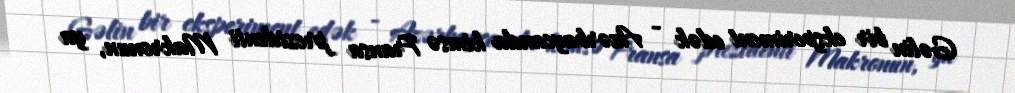
Gəlin bir eksperiment edək - Azərbaycanda kimsə Fransa prezidenti Makronun, ya